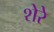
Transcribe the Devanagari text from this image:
शेरेे